Statistics compiled by the Government of India from the reports of provincial Civil Veterinary Departments
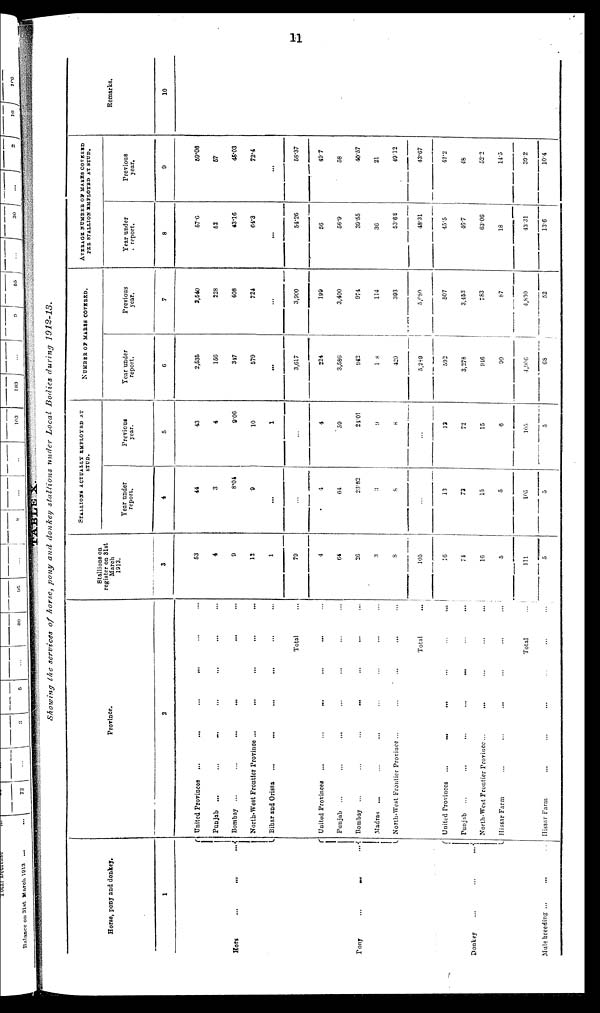
11
TABLE X.
Showing the services of horse, pony and donkey stallions under Local Bodies during 1912-13.
Horse, pony and donkey.
1
Hors
...
...
...{
Pony
...
...
...{
Donkey
...
...
{
Mule breeding ...
Province.
2
United Provinces
...
...
...
...
...
...
Punjab
...
...
...
...
...
...
...
Bombay ...
...
...
...
...
...
...
North-West Frontier Province ...
...
...
...
...
...
...
Bihar and Orissa
...
...
...
...
...
...
...
Total ...
United Provinces
...
...
...... ... ...
Punjab
...
...
...
...
...
...
...
...
Bombay ...
...
...
...... ... ...
Madras ... ... ... ... ... ... ...
North-West Frontier Province ... ... ... ... ...
Total
...
United Provinces
... ... ...... ... ...
Punjab
...
...
......
...
...
North-West Frontier Province ...
......
......
Hissar Farm
...
... ...... ... ...
Total
...
Hissar Farm ... ... ...... ... ...
Stallions on
register on 31st
March
1913.
3
53
4
9
12
1
79
4
64
26
3
8
105
16
74
16
5
111
5
STALLIONS ACTUALLY EMPLOYED AT
STUD.
Year under
report.
4
44
3
8.04
9
...
...
4
64
23.82
3
8
...
13
72
15
5
105
5
Previous
year.
5
43
4
9.06
10
1
...
4
59
24.01
9
8
...
12
72
15
6
105
5
NUMBER OF MARES COVERED.
Year under
report.
6
2,536
156
347
579
...
3,617
224
3,586
942
1.8
429
5,289
592
3,278
946
90
4,966
68
Previous
year.
7
2,540
228
408
724
...
3,900
199
3,400
974
114
393
5,080
507
3,453
783
87
4,830
52
AVERAGE NUMBER OF MARES COVERED
PER STALLION EMPLOYED AT STUD.
Year under
report.
8
57.6
52
43.16
64.3
...
54.26
56
56.9
39.55
36
53.62
48.31
45.5
46.7
63.06
18
43.31
13.6
Previous
year.
9
59.06
57
45.03
72.4
...
58.37
49.7
58
40.57
21
49.12
43.67
42.2
48
52.2
14.5
39.2
10.4
Remarks.
10